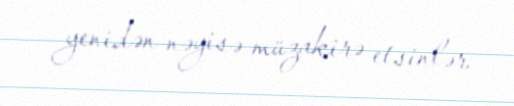
yenidən nəyisə müzakirə etsinlər.